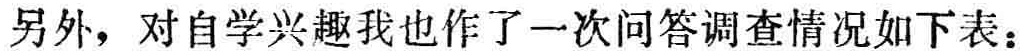
另外，对自学兴趣我也作了一次问答调查情况如下表：